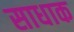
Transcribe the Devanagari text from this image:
साधाक